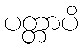
ပတ္တာပိ